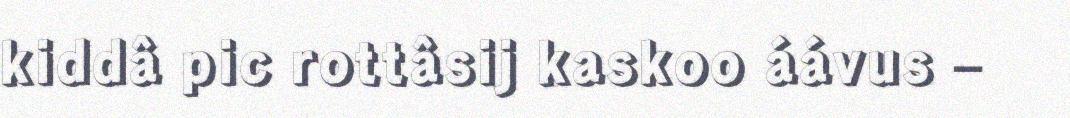
kiddâ pic rottâsij kaskoo áávus –